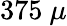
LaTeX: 375\ \mu